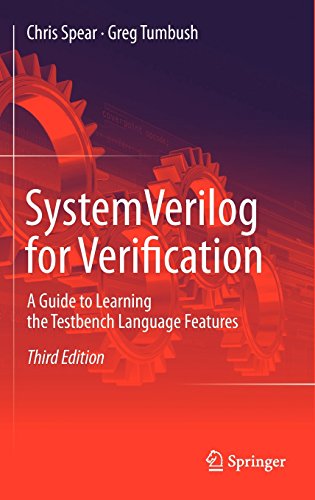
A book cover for SystemVerilog for Verification: A Guide to Learning the Testbench Language Features; Chris Spear; Computers & Technology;